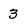
Character: 3